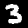
Label: 3